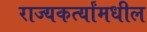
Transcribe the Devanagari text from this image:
राज्यकर्त्यांमधील